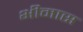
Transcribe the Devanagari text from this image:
भीमास